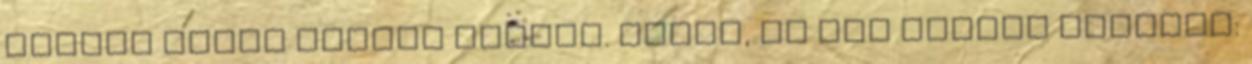
lakása előtt Bartay András. Felhí, és azt mondja odafenn: